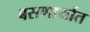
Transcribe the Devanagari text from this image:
बसणार्यात